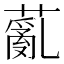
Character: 薍